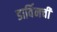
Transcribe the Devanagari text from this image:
डार्विनची